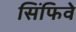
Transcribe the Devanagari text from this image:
सिंफिवे